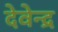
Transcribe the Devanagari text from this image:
देवेेन्द्र